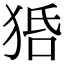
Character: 𤞳